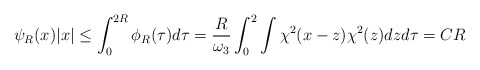
\begin{align*} \psi_R(x) |x| \leq \int_0^{2R} \phi_R(\tau) d\tau =\frac{R}{\omega_3} \int_0^2\int \chi^2(x-z) \chi^2(z) dz d\tau =CR \end{align*}